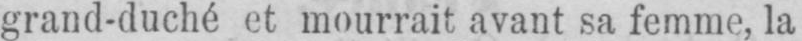
grand-duché et mourrait avant sa femme, la